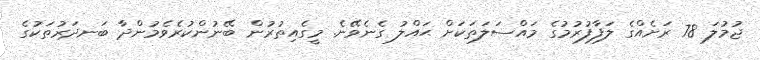
ޖުމުލަ 78 ރަށެއްގެ ލަފާފުރުމުގެ މައްސަލަތަކަށް ޙައްލު ގެނެވޭނެ. މީގެއިތުރުން ބޭނުންކުރެވެމުންދާ ބަނދަރުތަކުގެ